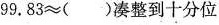
$$9 9 . 8 3 ≈ ()$$凑整到十分位